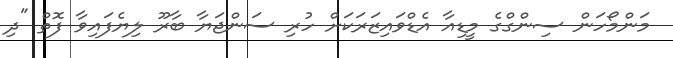
މަންމޯހަން ސިންގްގެ މީޑިއާ އެޑްވައިޒަރަކަށް ހުރި ސަންޖަޔާ ބާރޫ ލިޔެފައިވާ ފޮތް "ދި